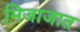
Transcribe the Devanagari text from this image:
मिजाजात